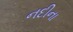
નદીના